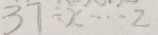
3 7 \div x \cdots 2